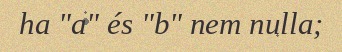
ha "a" és "b" nem nulla;